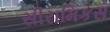
સીરામિકસ